Vaccination in Burma 1912-1922 - 1912-1922
Year: 1912
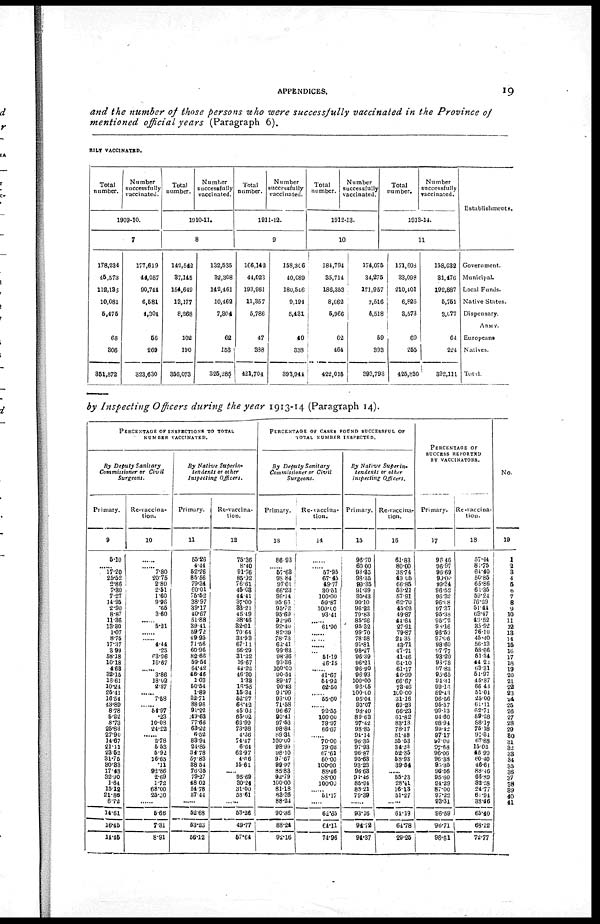
APPENDICES.
19
and the number of those persons who were successfully vaccinated in the Province of
mentioned official years (Paragraph 6).
RILY VACCINATED.
Total
number.
Number
successfully
vaccinated.
1909-10.
7
178,234
46,573
112,135
10,081
5,475
68
306
351,872
177,619
44,057
90,744
6,581
4,304
56
269
323,630
Total
number.
Number
successfully
vaccinated.
1910-11.
8
142,542
37,145
154,649
13,177
8,268
102
190
356,073
132,535
32,308
142,461
10,462
7,304
62
153
325,285
Total
number.
Number
successfully
vaccinated.
1911-12.
9
166,142
44,023
193,961
11,357
5,786
47
388
421,704
158,306
40,089
180,546
9,194
5,431
40
338
393,944
Total
number.
Number
Successfully
vaccinated.
1912-13.
10
184,794
35,714
186,353
8,662
5,966
62
464
422,015
174,075
34,275
171,957
7,516
5,518
59
393
393,793
Total
number.
Number
successfully
vaccinated.
1913-14.
11
171,608
33,098
210,401
6,826
3,573
69
255
425,830
158,632
31,476
192,887
5,751
3,077
64
224
392,111
Establishments.
Government.
Municipal.
Local Funds.
Native States.
Dispensary.
ARMY.
Europeans
Natives.
Total
by Inspecting Officers during the year 1913-14 (Paragraph 14).
PERCENTAGE OF INSPECTIONS TO TOTAL
NUMBER VACCINATED.
By Deputy Sanitary
Commissioner or Civil
Surgeons.
Primary.
9
5.10
...... 17.20
25.52
2.86
7.30
7.27
14.95
2.90
8.87
11.36
13.30
1.07
8.75
17.37
3.99
58.18
10.18
4.63
32.15
18.61
10.24
25.41
16.54
43.89
8.78
5.22
8.73
25.83
27.90
14.67
21.11
23.52
31.75
80.83
17.48
32.90
1.64
15.12
21.86
6.72
14.61
16.45
11.45
Re-vaccina-
tion.
10
......
...... 7.80
20.75
2.80
2.51
1.60
9.96
.65
3.60
...... 5.21
......
...... 4.44
.25
63.96
16.67
...... 3.86
18.02
2.87
...... 7.58
...... 54.97
.23
10.08
24.22
...... 2.78
5.53
5.92
16.65
.11
92.86
2.69
1.72
68.00
25.30
......
5.66
7.31
8.91
By Native Superin-
tendents or other
Inspecting Officers.
Primary.
11
55.26
4.41
52.26
85.56
79.34
60.01
75.52
38.97
39.17
40.67
51.88
39.41
59.72
49.95
71.56
60.96
82.66
59.54
64.42
46.46
1.03
50.54
1.89
32.71
88.96
91.22
49.63
77.66
63.22
6.52
83.94
24.85
34.78
57.83
38.54
76.35
79.27
48.02
54.78
57.44
......
52.68
53.23
56.12
Re-vaccina-
tion.
12
75.36
8.40
91.76
85.92
76.61
45.08
41.41
37.00
33.21
45.49
38.16
82.01
70.64
33.93
67.11
56.29
31.22
16.67
44.22
46.30
1.33
16.55
15.34
52.27
68.42
45.03
65.02
62.99
73.98
4.36
71.47
6.64
62.97
4.66
15.61
...... 95.69
30.24
31.00
58.61
......
53.26
49.77
57.64
PERCENTAGE OF CASES FOUND SUCCESSFUL OF
TOTAL NUMBER INSPECTED.
By Deputy Sanitary
Commissioner or Civil
Surgeons.
Primary.
13
86.93
...... 57.63
98.84
97.01
66.23
96.14
95.66
95.72
95.69
92.96
92.40
82.39
78.73
62.41
99.83
98.36
98.36
100.00
90.54
89.47
90.43
91.99
93.09
71.58
96.67
90.41
97.53
98.84
89.31
100.00
98.99
98.10
97.67
99.97
85.83
92.79
100.00
81.18
88.26
88.24
90.36
88.24
92.16
Re-vaccina-
tion.
14
......
...... 57.95
67.45
49.77
30.51
100.00
59.87
100.00
93.41
...... 61.90
......
...... ......
...... 51.19
46.15
...... 41.67
54.92
62.50
...... 55.00
...... 92.55
100.00
79.97
66.67
...... 70.00
79.03
67.61
60.00
100.00
88.46
88.00
100.00
...... 51.17
......
62.65
64.11
74.96
By Native
Superin-
tendents or other
Inspecting Officers.
Primary.
15
96.70
60. 00
93.35
98.35
99.35
91.39
95.43
90.10
96.22
79.83
85.26
95.32
99.70
78.58
91.81
98.27
96.39
96.21
96.90
96.93
100.00
96.05
100.00
95.04
90.07
98.40
89.63
97.42
98.85
94.14
96.35
97.93
96.87
95.63
93.23
96.63
94.46
85.94
88.21
79.39
......
93.16
91.72
94.37
Re-vaccina-
tion.
16
61.83
80.00
38.74
49.05
66.85
53.21
57.91
62.70
45.02
49.87
44.64
27.91
79.87
24.35
43.71
47.71
41.46
64.10
61.17
46.99
66.67
73.46
100.00
31.16
69.23
66.23
61.82
83.18
78.17
81.48
55.53
34.23
52.85
58.93
39.64
..... 55.23
28.41
16.13
51.27
......
64.19
64.78
29.25
PERCENTAGE OF
SUCCESS REPORTED
BY VACCINATORS.
Primary.
17
96.40
96.97
96.69
99.00
99.31
96.52
96.32
96.18
97.37
95.38
95.72
98.16
96.59
97.06
98.60
97.77
93.20
93.78
97.83
93.65
94.31
99.16
89.43
96.56
95.57
99.13
94.60
98.94
99.42
97.17
97.00
97.68
96.06
96.38
95.35
96.56
95.60
94.29
87.00
97.22
93.31
96.59
96.71
96.61
Re-vaccina-
tion.
18
57.44
81.75
64.40
50.85
65.86
61.35
59.24
76.29
51.14
63.47
49.52
35.92
76.10
45.40
56.13
58.66
51.34
44.22
63.31
54.97
45.87
66.43
51.04
25.00
61.11
62.71
59.28
88.17
75.18
91.84
67.88
15.02
46.99
50.40
46.61
88.46
66.89
32.28
24.77
61.94
38.46
65.40
68.12
72.77
No.
19
1
2
3
4
5
6
7
8
9
10
11
12
13
14
15
16
17
18
19
20
21
22
23
24
25
26
27
28
29
30
31
32
38
34
35
36
37
38
39
40
41